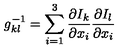
g _ { k l } ^ { - 1 } = \sum _ { i = 1 } ^ { 3 } \frac { \partial I _ { k } } { \partial x _ { i } } \frac { \partial I _ { l } } { \partial x _ { i } }